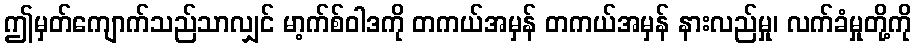
ဤမှတ်ကျောက်သည်သာလျှင် မာ့က်စ်ဝါဒကို တကယ်အမှန် တကယ်အမှန် နားလည်မှု၊ လက်ခံမှုတို့ကို